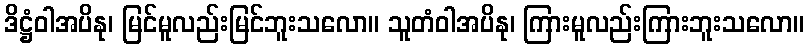
ဒိဋ္ဌံဝါအပိနု၊ မြင်မူလည်းမြင်ဘူးသလော။ သူတံဝါအပိနု၊ ကြားမူလည်းကြားဘူးသလော။